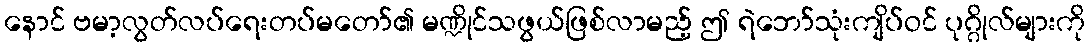
နောင် ဗမာ့လွတ်လပ်ရေးတပ်မတော်၏ မဏ္ဍိုင်သဖွယ်ဖြစ်လာမည့် ဤ ရဲဘော်သုံးကျိပ်ဝင် ပုဂ္ဂိုလ်များကို